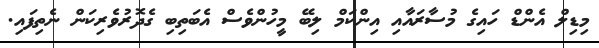
މިޑިލް އެންޑް ހައިގެ މުސާރައާއި އިންކަމް ލިބޭ މީހުންވެސް އެބަތިބި ގެދޮރުވެރިކަން ނެތިފައި.